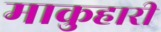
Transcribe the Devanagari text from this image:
माकुहारी